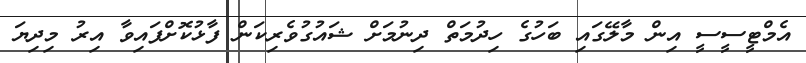
އެމްޓީސީސީ އިން މާލޭގައި ބަހުގެ ހިދުމަތް ދިނުމަށް ޝައުގުވެރިކަން ފާޅުކޮށްފައިވާ އިރު މިދިޔަ